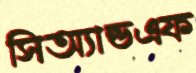
সিঅ্যান্ডএফ